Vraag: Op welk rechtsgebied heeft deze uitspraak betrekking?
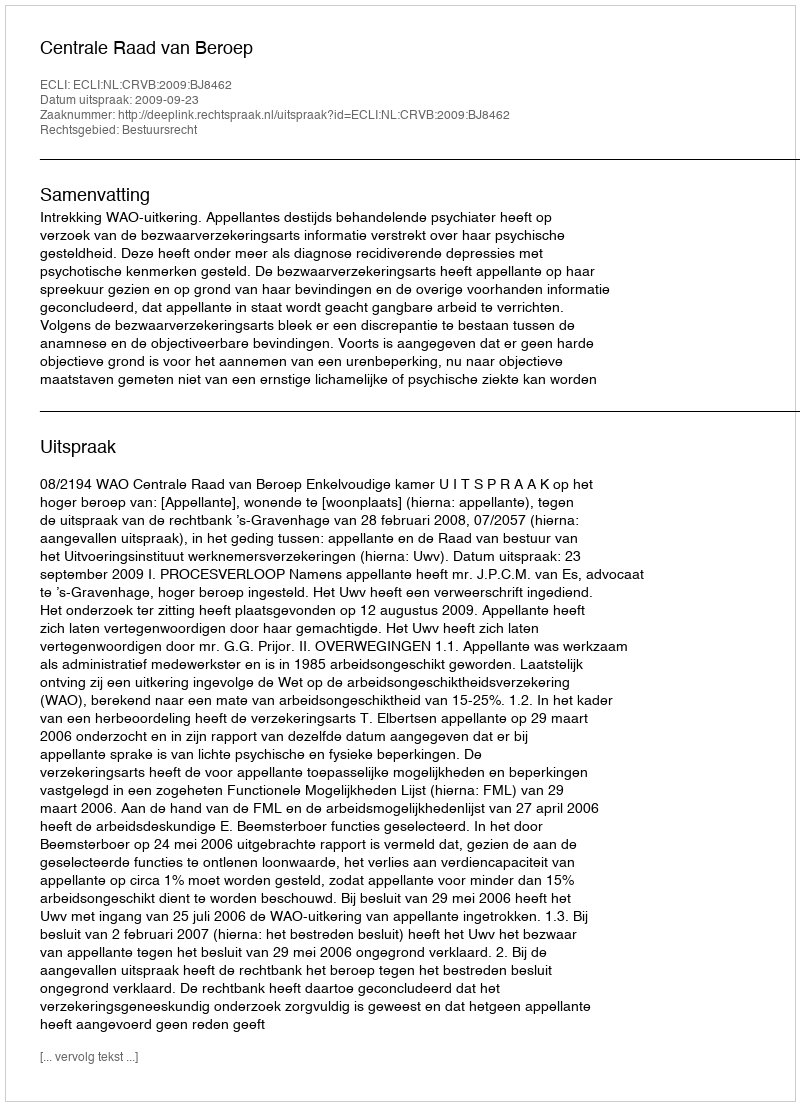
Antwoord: Bestuursrecht